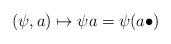
LaTeX: \begin{align*} (\psi,a) \mapsto \psi a = \psi(a\bullet)\end{align*}